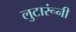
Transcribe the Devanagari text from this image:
लुटारूंनी